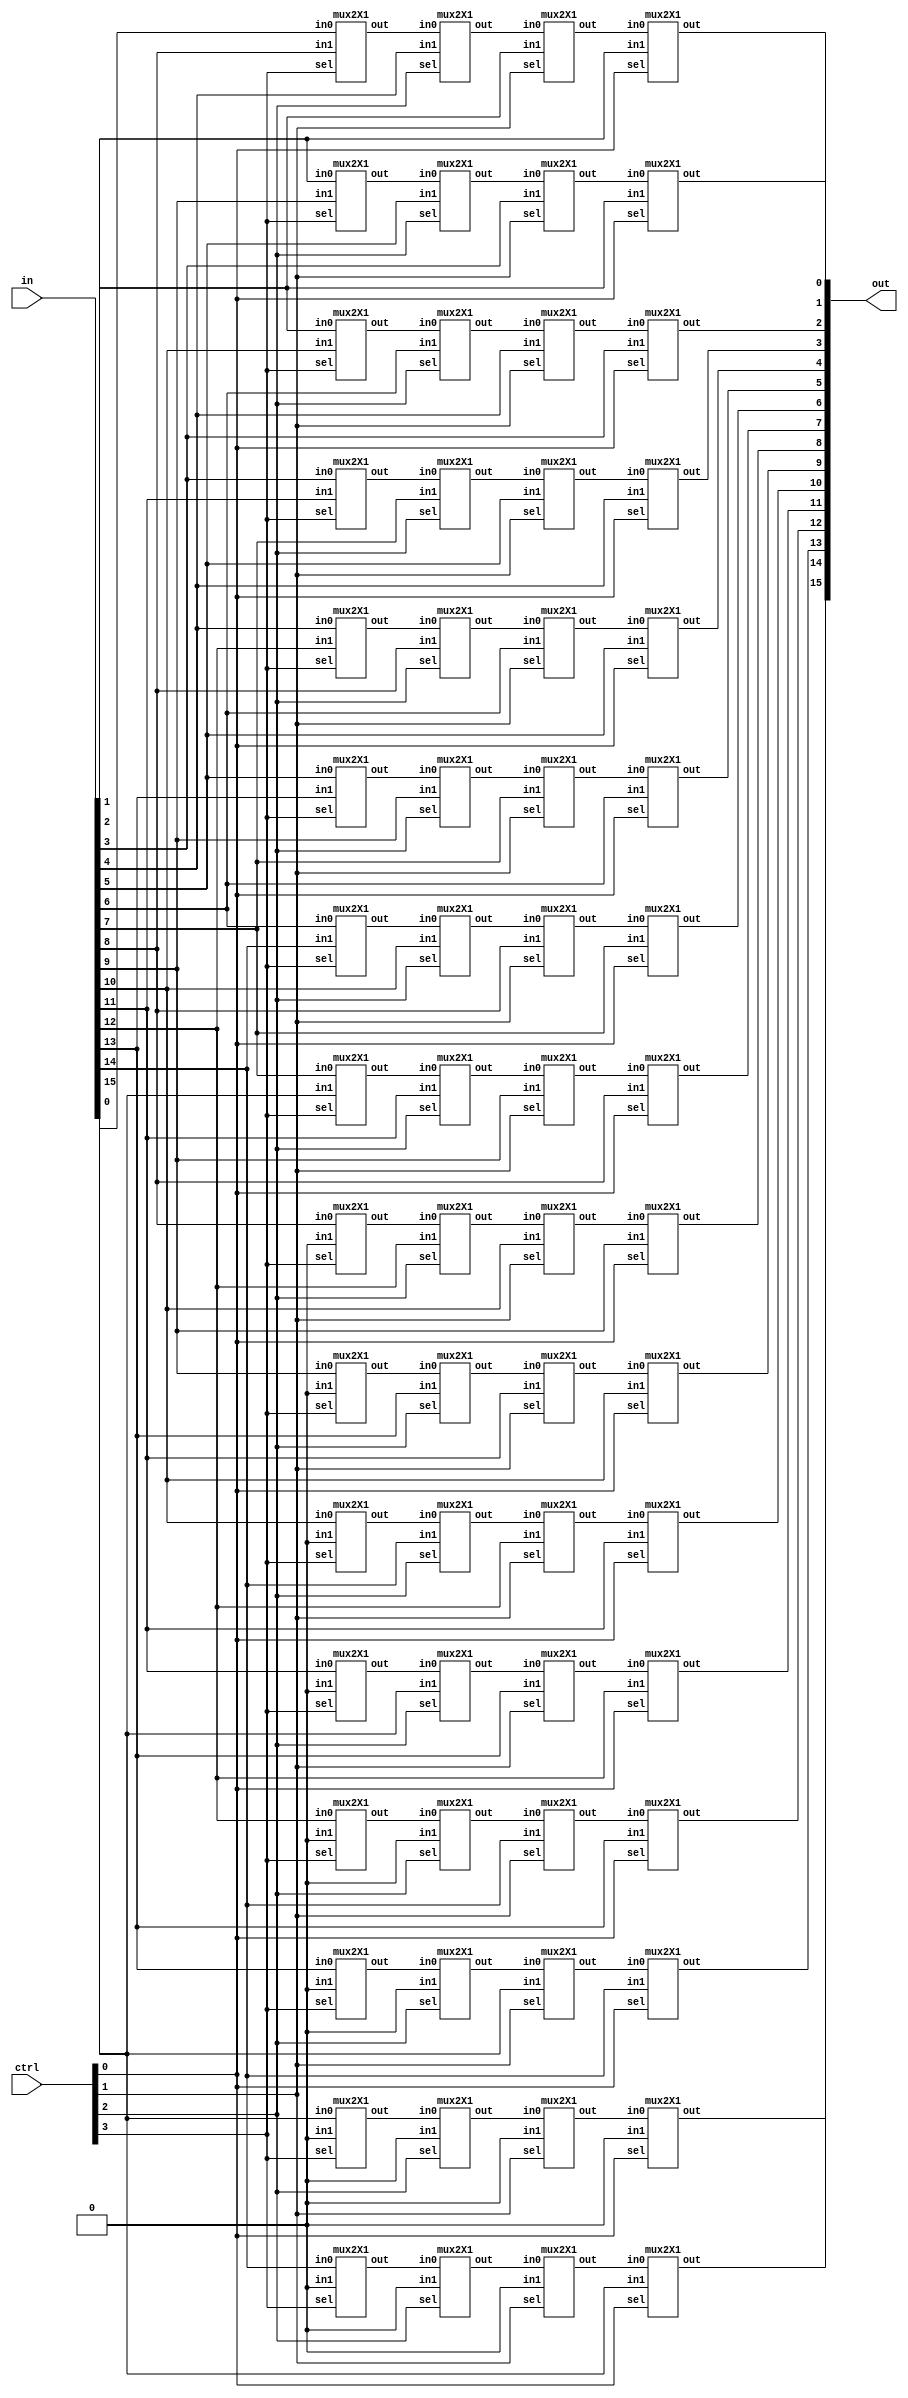
module barrel_shifter_16bit (in, ctrl, out);
  input  [15:0] in;
  input [3:0] ctrl;
  output [15:0] out;
  wire [15:0] x,y,z;

//8bit shift right
mux2X1  ins_63 (.in0(in[15]),.in1(1'b0),.sel(ctrl[3]),.out(x[15]));
mux2X1  ins_62 (.in0(in[14]),.in1(1'b0),.sel(ctrl[3]),.out(x[14]));
mux2X1  ins_61 (.in0(in[13]),.in1(1'b0),.sel(ctrl[3]),.out(x[13]));
mux2X1  ins_60 (.in0(in[12]),.in1(1'b0),.sel(ctrl[3]),.out(x[12]));
mux2X1  ins_59 (.in0(in[11]),.in1(1'b0),.sel(ctrl[3]),.out(x[11]));
mux2X1  ins_58 (.in0(in[10]),.in1(1'b0),.sel(ctrl[3]),.out(x[10]));
mux2X1  ins_57 (.in0(in[9]),.in1(1'b0),.sel(ctrl[3]),.out(x[9]));
mux2X1  ins_56 (.in0(in[8]),.in1(1'b0),.sel(ctrl[3]),.out(x[8]));
mux2X1  ins_55 (.in0(in[7]),.in1(in[15]),.sel(ctrl[3]),.out(x[7]));
mux2X1  ins_54 (.in0(in[6]),.in1(in[14]),.sel(ctrl[3]),.out(x[6]));
mux2X1  ins_53 (.in0(in[5]),.in1(in[13]),.sel(ctrl[3]),.out(x[5]));
mux2X1  ins_52 (.in0(in[4]),.in1(in[12]),.sel(ctrl[3]),.out(x[4]));
mux2X1  ins_51 (.in0(in[3]),.in1(in[11]),.sel(ctrl[3]),.out(x[3]));
mux2X1  ins_50 (.in0(in[2]),.in1(in[10]),.sel(ctrl[3]),.out(x[2]));
mux2X1  ins_49 (.in0(in[1]),.in1(in[9]),.sel(ctrl[3]),.out(x[1]));
mux2X1  ins_48 (.in0(in[0]),.in1(in[8]),.sel(ctrl[3]),.out(x[0]));

//4bit shift right
mux2X1  ins_47 (.in0(x[15]),.in1(1'b0),.sel(ctrl[2]),.out(y[15]));
mux2X1  ins_46 (.in0(x[14]),.in1(1'b0),.sel(ctrl[2]),.out(y[14]));
mux2X1  ins_45 (.in0(x[13]),.in1(1'b0),.sel(ctrl[2]),.out(y[13]));
mux2X1  ins_44 (.in0(x[12]),.in1(1'b0),.sel(ctrl[2]),.out(y[12]));
mux2X1  ins_43 (.in0(x[11]),.in1(in[15]),.sel(ctrl[2]),.out(y[11]));
mux2X1  ins_42 (.in0(x[10]),.in1(in[14]),.sel(ctrl[2]),.out(y[10]));
mux2X1  ins_41 (.in0(x[9]),.in1(in[13]),.sel(ctrl[2]),.out(y[9]));
mux2X1  ins_40 (.in0(x[8]),.in1(in[12]),.sel(ctrl[2]),.out(y[8]));
mux2X1  ins_39 (.in0(x[7]),.in1(in[11]),.sel(ctrl[2]),.out(y[7]));
mux2X1  ins_38 (.in0(x[6]),.in1(in[10]),.sel(ctrl[2]),.out(y[6]));
mux2X1  ins_37 (.in0(x[5]),.in1(in[9]),.sel(ctrl[2]),.out(y[5]));
mux2X1  ins_36 (.in0(x[4]),.in1(in[8]),.sel(ctrl[2]),.out(y[4]));
mux2X1  ins_35 (.in0(x[3]),.in1(in[7]),.sel(ctrl[2]),.out(y[3]));
mux2X1  ins_34 (.in0(x[2]),.in1(in[6]),.sel(ctrl[2]),.out(y[2]));
mux2X1  ins_33 (.in0(x[1]),.in1(in[5]),.sel(ctrl[2]),.out(y[1]));
mux2X1  ins_32 (.in0(x[0]),.in1(in[4]),.sel(ctrl[2]),.out(y[0]));
 
//2 bit shift right
mux2X1  ins_31 (.in0(y[15]),.in1(1'b0),.sel(ctrl[1]),.out(z[15]));
mux2X1  ins_30 (.in0(y[14]),.in1(1'b0),.sel(ctrl[1]),.out(z[14]));
mux2X1  ins_29 (.in0(y[13]),.in1(in[15]),.sel(ctrl[1]),.out(z[13]));
mux2X1  ins_28 (.in0(y[12]),.in1(in[14]),.sel(ctrl[1]),.out(z[12]));
mux2X1  ins_27 (.in0(y[11]),.in1(in[13]),.sel(ctrl[1]),.out(z[11]));
mux2X1  ins_26 (.in0(y[10]),.in1(in[12]),.sel(ctrl[1]),.out(z[10]));
mux2X1  ins_25 (.in0(y[9]),.in1(in[11]),.sel(ctrl[1]),.out(z[9]));
mux2X1  ins_24 (.in0(y[8]),.in1(in[10]),.sel(ctrl[1]),.out(z[8]));
mux2X1  ins_23 (.in0(y[7]),.in1(in[9]),.sel(ctrl[1]),.out(z[7]));
mux2X1  ins_22 (.in0(y[6]),.in1(in[8]),.sel(ctrl[1]),.out(z[6]));
mux2X1  ins_21 (.in0(y[5]),.in1(in[7]),.sel(ctrl[1]),.out(z[5]));
mux2X1  ins_20 (.in0(y[4]),.in1(in[6]),.sel(ctrl[1]),.out(z[4]));
mux2X1  ins_19 (.in0(y[3]),.in1(in[5]),.sel(ctrl[1]),.out(z[3]));
mux2X1  ins_18 (.in0(y[2]),.in1(in[4]),.sel(ctrl[1]),.out(z[2]));
mux2X1  ins_17 (.in0(y[1]),.in1(in[3]),.sel(ctrl[1]),.out(z[1]));
mux2X1  ins_16 (.in0(y[0]),.in1(in[2]),.sel(ctrl[1]),.out(z[0]));
 
//1 bit shift right
mux2X1  ins_15 (.in0(z[15]),.in1(1'b0),.sel(ctrl[0]),.out(out[15]));
mux2X1  ins_14 (.in0(z[14]),.in1(in[15]),.sel(ctrl[0]),.out(out[14]));
mux2X1  ins_13 (.in0(z[13]),.in1(in[14]),.sel(ctrl[0]),.out(out[13]));
mux2X1  ins_12 (.in0(z[12]),.in1(in[13]),.sel(ctrl[0]),.out(out[12]));
mux2X1  ins_11 (.in0(z[11]),.in1(in[12]),.sel(ctrl[0]),.out(out[11]));
mux2X1  ins_10 (.in0(z[10]),.in1(in[11]),.sel(ctrl[0]),.out(out[10]));
mux2X1  ins_09 (.in0(z[9]),.in1(in[10]),.sel(ctrl[0]),.out(out[9]));
mux2X1  ins_08 (.in0(z[8]),.in1(in[9]),.sel(ctrl[0]),.out(out[8]));
mux2X1  ins_07 (.in0(z[7]),.in1(in[8]),.sel(ctrl[0]),.out(out[7]));
mux2X1  ins_06 (.in0(z[6]),.in1(in[7]),.sel(ctrl[0]),.out(out[6]));
mux2X1  ins_05 (.in0(z[5]),.in1(in[6]),.sel(ctrl[0]),.out(out[5]));
mux2X1  ins_04 (.in0(z[4]),.in1(in[5]),.sel(ctrl[0]),.out(out[4]));
mux2X1  ins_03 (.in0(z[3]),.in1(in[4]),.sel(ctrl[0]),.out(out[3]));
mux2X1  ins_02 (.in0(z[2]),.in1(in[3]),.sel(ctrl[0]),.out(out[2]));
mux2X1  ins_01 (.in0(z[1]),.in1(in[2]),.sel(ctrl[0]),.out(out[1]));
mux2X1  ins_00 (.in0(z[0]),.in1(in[1]),.sel(ctrl[0]),.out(out[0]));
 
endmodule
 
/////////////////////////
//2X1 Mux
/////////////////////////
 
module mux2X1( in0,in1,sel,out);
input in0,in1;
input sel;
output out;
assign out=(sel)?in1:in0;
endmodule